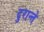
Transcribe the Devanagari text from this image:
दुरान्ते